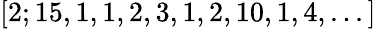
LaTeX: [2;15,1,1,2,3,1,2,10,1,4,...]